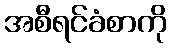
အစီရင်ခံစာကို